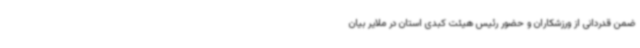
ضمن قدردانی‌ از ورزشکاران و حضور رئیس هیئت کبدی استان در ملایر بیان